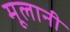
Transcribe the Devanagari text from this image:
मूलानी